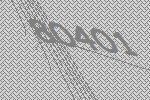
80401